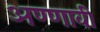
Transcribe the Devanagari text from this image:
अण्णावी